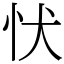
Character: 𢗗